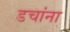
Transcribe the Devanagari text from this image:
डचांना